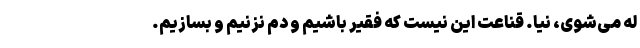
له می‌شوی، نیا. قناعت این نیست که فقیر باشیم و دم نزنیم و بسازیم.